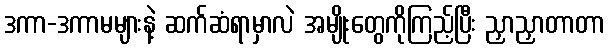
ဒကာ-ဒကာမများနဲ့ ဆက်ဆံရာမှာလဲ အမျိုးတွေကိုကြည့်ပြီး ညှာညှာတာတာ